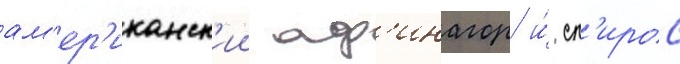
ам'ер'иканск'ии аф'инагор и́ сп'ирос